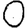
Digit: 0